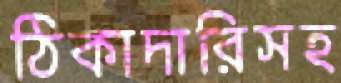
ঠিকাদারিসহ